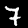
Digit: 7